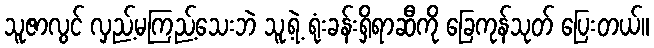
သူဇာလွင် လှည့်မကြည့်သေးဘဲ သူ့ရဲ့ ရုံးခန်းရှိရာဆီကို ခြေကုန်သုတ် ပြေးတယ်။